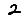
Digit: 2